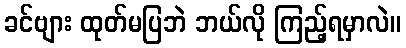
ခင်ဗျား ထုတ်မပြဘဲ ဘယ်လို ကြည့်ရမှာလဲ။